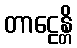
တာဠေန္တိ